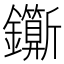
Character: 𨰉